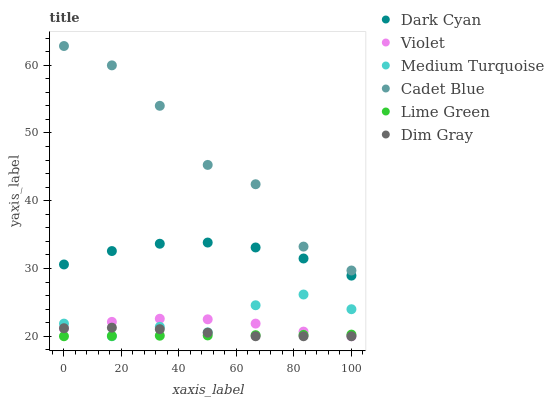
| xaxis_label | Dark Cyan | Violet | Medium Turquoise | Cadet Blue | Lime Green | Dim Gray |
 | --- | --- | --- | --- | --- | --- | --- |
 | 0 | 30.6 | 21.1 | 21.9 | 62.8 | 20 | 21.2 |
 | 16.7 | 32.6 | 22.1 | 20 | 60 | 20 | 21.3 |
 | 33.3 | 33.6 | 22.6 | 21.4 | 54 | 20.1 | 21 |
 | 50 | 33.8 | 22.5 | 20.6 | 45.3 | 20.1 | 20.5 |
 | 66.7 | 33.1 | 21.9 | 24.6 | 42.4 | 20.2 | 20 |
 | 83.3 | 31.5 | 20.7 | 26.2 | 33.2 | 20.2 | 20 |
 | 100 | 28.9 | 20 | 24 | 29.7 | 20.2 | 20 |